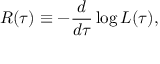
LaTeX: { \cal R } ( \tau ) \equiv - \frac { d } { d \tau } \log { { \cal L } ( \tau ) } ,